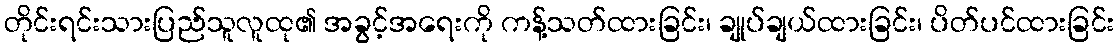
တိုင်းရင်းသားပြည်သူလူထု၏ အခွင့်အရေးကို ကန့်သတ်ထားခြင်း၊ ချုပ်ချယ်ထားခြင်း၊ ပိတ်ပင်ထားခြင်း